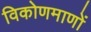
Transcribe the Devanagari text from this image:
विकोणमाणों